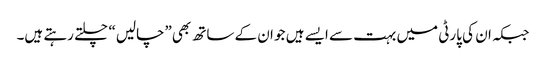
جبکہ ان کی پارٹی میں بہت سے ایسے ہیں جو ان کے ساتھ بھی”چالیں“ چلتے رہتے ہیں۔